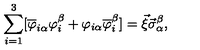
\sum _ { i = 1 } ^ { 3 } [ \overline { { \varphi } } _ { i \alpha } { \varphi } _ { i } ^ { \beta } + \varphi _ { i \alpha } \overline { { \varphi } } _ { i } ^ { \beta } ] = \vec { \xi } \vec { \sigma } _ { \alpha } ^ { \beta } ,